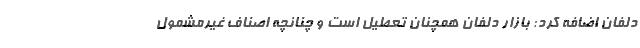
دلفان اضافه کرد: بازار دلفان همچنان تعطیل است و چنانچه اصناف غیرمشمول